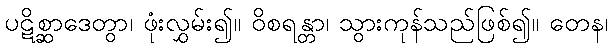
ပဋိစ္ဆာဒေတွာ၊ ဖုံးလွှမ်း၍။ ဝိစရန္တာ၊ သွားကုန်သည်ဖြစ်၍။ တေန၊